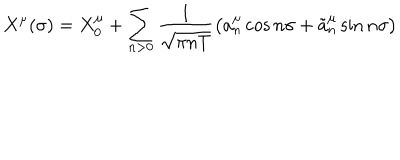
X ^ { \mu } ( \sigma ) = X _ { 0 } ^ { \mu } + \sum _ { n > 0 } \frac 1 { \sqrt { \pi n T } } \left( a _ { n } ^ { \mu } \cos { n \sigma } + \tilde { a } _ { n } ^ { \mu } \sin { n \sigma } \right)